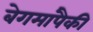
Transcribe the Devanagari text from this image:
बेगमांपैकी